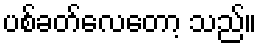
ပစ်ခတ်လေတော့ သည်။